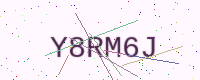
Text: Y8RM6J